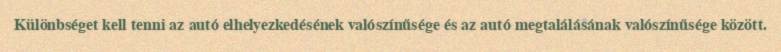
Különbséget kell tenni az autó elhelyezkedésének valószínűsége és az autó megtalálásának valószínűsége között.